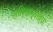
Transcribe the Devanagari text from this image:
प्रतिगाम्यांच्या